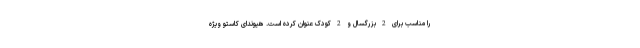
را مناسب برای 2 بزرگسال و 2 کودک عنوان کرده است. هیوندای کاستو ویژه